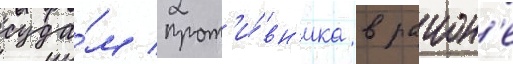
суда́м прот'и́вн'ика в раион'е